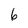
Character: 6